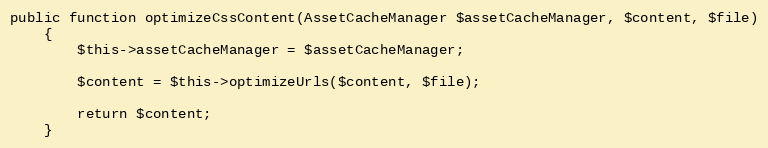
Language: PHP
public function optimizeCssContent(AssetCacheManager $assetCacheManager, $content, $file)
    {
        $this->assetCacheManager = $assetCacheManager;

        $content = $this->optimizeUrls($content, $file);

        return $content;
    }